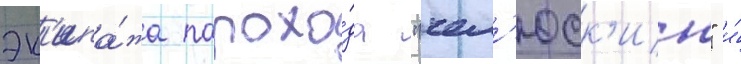
эк'ипа́жа парохо́да "чел'юск'ин" и́